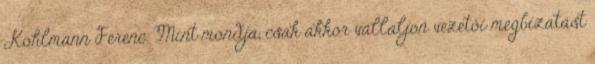
Kohlmann Ferenc. Mint mondja, csak akkor vállaljon vezetôi megbízatást